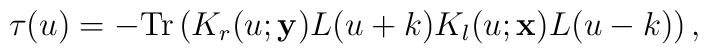
\tau (u)=-{\rm Tr}\left ( K_r (u;{\bf y})L(u+k)K_l (u;{\bf x})L(u-k)\right ),